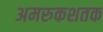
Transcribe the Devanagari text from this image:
अमरुकशतक